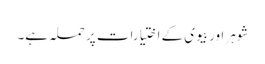
شوہر اور بیوی کے اختیارات پر حملہ ہے۔